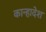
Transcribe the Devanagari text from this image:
कान्हादेश